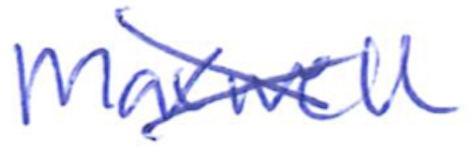
Text: Maxwell
Cross-out: mix
Writing tool: ballpoint